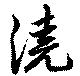
澆